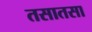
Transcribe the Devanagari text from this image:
तसातसा